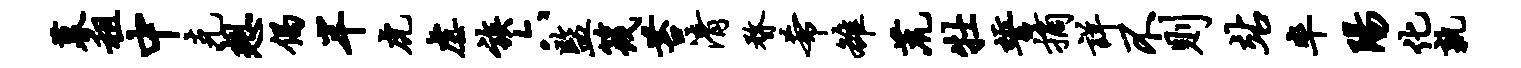
暮租中克想偈半虎虐族六监筏苔清瞀希雒荒牡誓摘详不则站率阳化孰